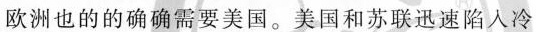
欧洲也的的确确需要美国。美国和苏联迅速陷入冷